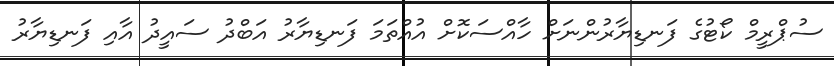
ސުޕްރީމް ކޯޓުގެ ފަނޑިޔާރުންނަށް ހާއްސަކޮށް އުއްތަމަ ފަނޑިޔާރު އަބްދު ސައީދު އާއި ފަނޑިޔާރު